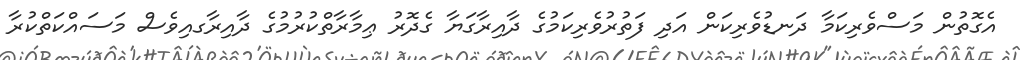
އެގޮތުން މަސްވެރިކަމާ ދަނޑުވެރިކަން އަދި ފަތުރުވެރިކަމުގެ ދާއިރާގަޔާ ގެދޮރު ޢިމާރާތްކުރުމުގެ ދާއިރާގއިވެސް މަސައްކަތްކުރާ